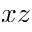
x z